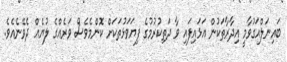
ބައިނަލްއަގުވާމީ އިދާރާތަކުން އަޅައިފައި ވާ ދަތިކުރުމުގެ ފިޔަވަޅުތަކަށް ކޮންމެވެސް ވަރެއްގެ ލުޔެއް ދެވޭނެއެވެ.